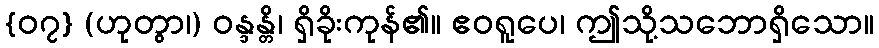
{၀၇} (ဟုတွာ၊) ဝန္ဒန္တိ၊ ရှိခိုးကုန်၏။ ဧဝရူပေ၊ ဤသို့သဘောရှိသော။